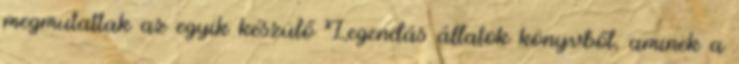
megmutattak az egyik készülő Legendás állatok könyvből, aminek a